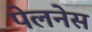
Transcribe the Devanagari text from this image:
पेलनेस